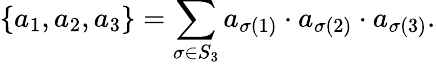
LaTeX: \{ a_{1},a_{2},a_{3}\} =\sum_{\sigma\in S_{3}}a_{\sigma(1)}\cdot a_{\sigma(2)}\cdot a_{\sigma(3)}.